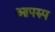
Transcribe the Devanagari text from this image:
आपरुप